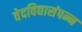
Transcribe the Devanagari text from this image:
वेदविद्यासंपन्न